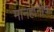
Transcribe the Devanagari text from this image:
मानहानीचा